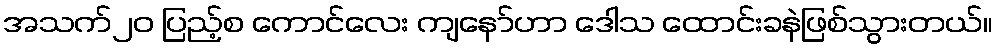
အသက်၂၀ ပြည့်စ ကောင်လေး ကျနော်ဟာ ဒေါသ ထောင်းခနဲဖြစ်သွားတယ်။